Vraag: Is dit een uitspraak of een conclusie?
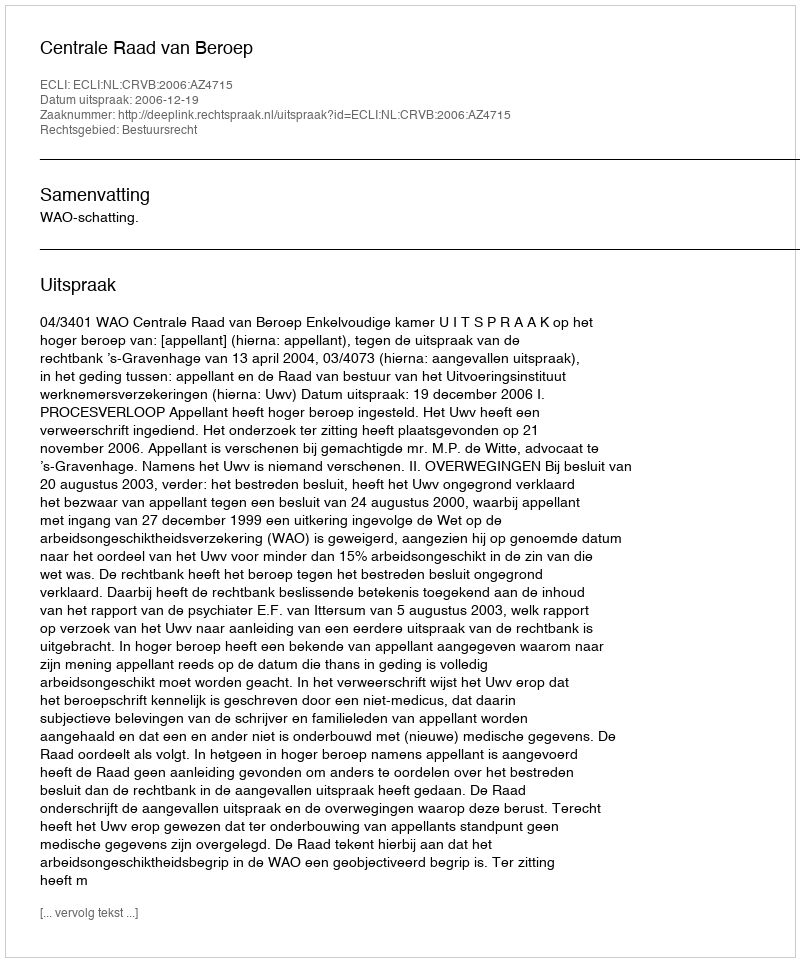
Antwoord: Uitspraak